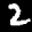
Label: 2